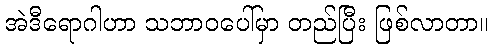
အဲဒီရောဂါဟာ သဘာဝပေါ်မှာ တည်ပြီး ဖြစ်လာတာ။